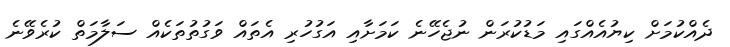
ދެއްކުމަށް ކިޔުއެއްގައި މަޑުކުރަން ނުޖެހޭނެ ކަމަށާއި އަގުހުރި އެތައް ވަގުތުތަކެއް ސަލާމަތް ކުރެވޭނެ